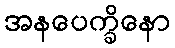
အနပေက္ခိနော